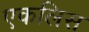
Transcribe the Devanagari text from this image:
एकलिस